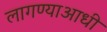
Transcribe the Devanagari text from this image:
लागण्याआधी